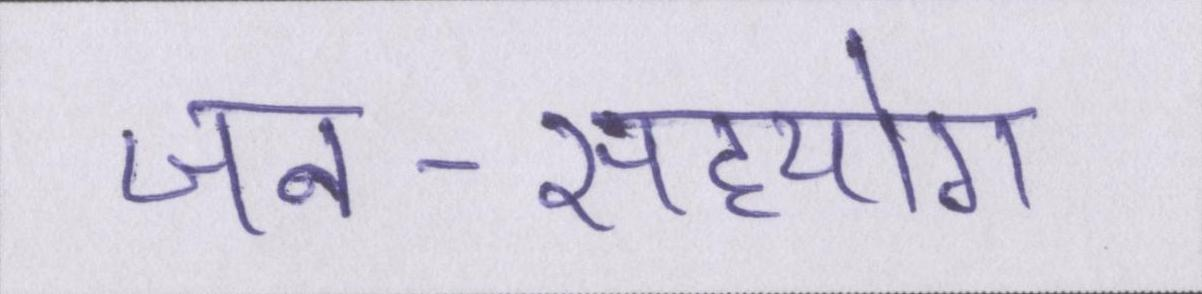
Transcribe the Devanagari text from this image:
जन-सहयोग